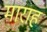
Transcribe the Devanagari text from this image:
माराह